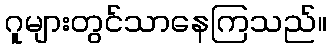
ဂူများတွင်သာနေကြသည်။